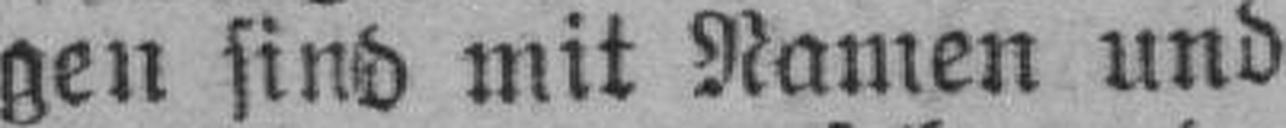
gen sind mit Namen und